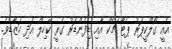
އެއީ ގޯލްކީޕަރު ޕެޓާ ޗެކް އާއި ޑިފެންޑަރު ގެރީ ކޭހިލް އަދި ހަޒާޑެވެ.